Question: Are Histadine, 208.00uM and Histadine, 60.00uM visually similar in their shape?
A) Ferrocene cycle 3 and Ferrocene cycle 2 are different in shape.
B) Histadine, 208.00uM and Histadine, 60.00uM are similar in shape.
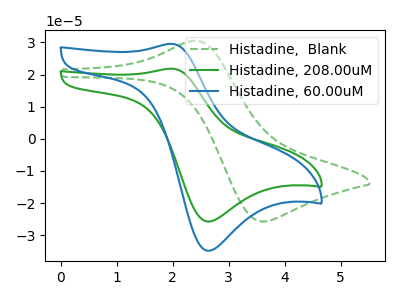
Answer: <think>The green dashed curve "Histadine,  Blank" has an anodic peak at (2.40V, 30.55uA) and a cathodic peak at (3.60V, -25.75uA). The green curve "Histadine, 208.00uM" has an anodic peak at (2.00V, 21.80uA) and a cathodic peak at (2.65V, -25.75uA). The blue curve "Histadine, 60.00uM" has an anodic peak at (2.00V, 29.55uA) and a cathodic peak at (2.65V, -34.85uA).
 All the peaks in "Histadine, 208.00uM" have a peak in "Histadine, 60.00uM" at the same potential. Every peak in "Histadine, 208.00uM" is lower than every peak in "Histadine, 60.00uM".</think>
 <answer>B) "Histadine, 208.00uM" and "Histadine, 60.00uM" are similar in shape.</answer>
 <eval>B</eval>